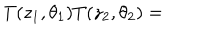
T ( z _ { 1 } , \theta _ { 1 } ) T ( z _ { 2 } , \theta _ { 2 } ) =